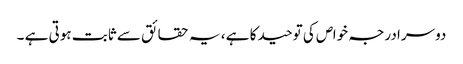
دوسرا درجہ خواص کی توحید کا ہے ، یہ حقائق سے ثابت ہوتی ہے ۔